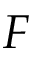
F